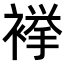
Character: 𧜎